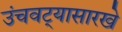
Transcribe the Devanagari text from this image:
उंचवट्यासारखे